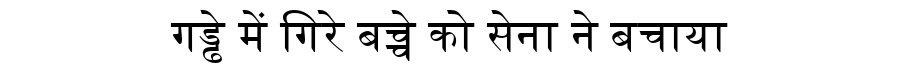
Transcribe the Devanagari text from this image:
गड्ढे में गिरे बच्चे को सेना ने बचाया